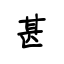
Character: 甚